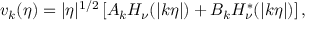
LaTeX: v _ { k } ( \eta ) = | \eta | ^ { 1 / 2 } \left[ A _ { k } H _ { \nu } ( | k \eta | ) + B _ { k } H _ { \nu } ^ { * } ( | k \eta | ) \right] ,